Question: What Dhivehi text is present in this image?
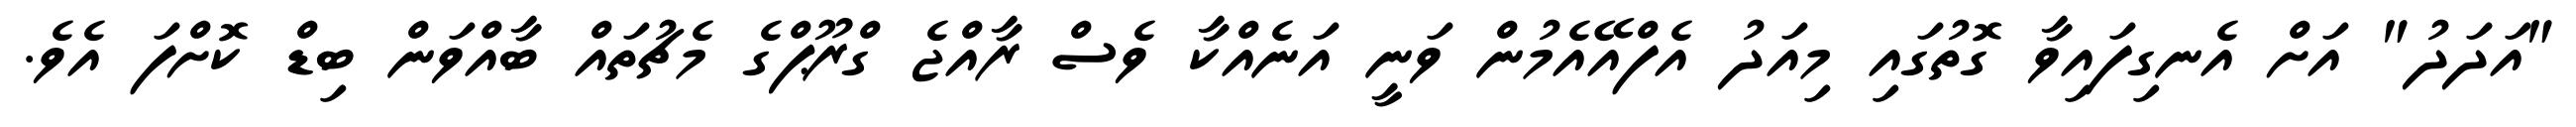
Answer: "އަދަދު" އަށް އެނގިފައިވާ ގޮތުގައި މިއަދު އެފްއޭއެމުން ވަނީ އަނެއްކާ ވެސް ރާއްޖެ ގްރޫޕްގެ މެޗުތައް ބާއްވަން ބިޑް ކޮށްފަ އެވެ.